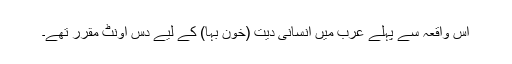
اس واقعہ سے پہلے عرب میں انسانی دیت (خون بہا) کے لیے دس اونٹ مقرر تھے۔